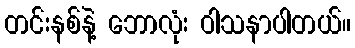
တင်းနစ်နဲ့ ဘောလုံး ဝါသနာပါတယ်။